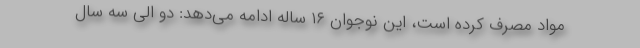
مواد مصرف کرده است، این نوجوان ۱۶ ساله ادامه می‌دهد: دو الی سه سال